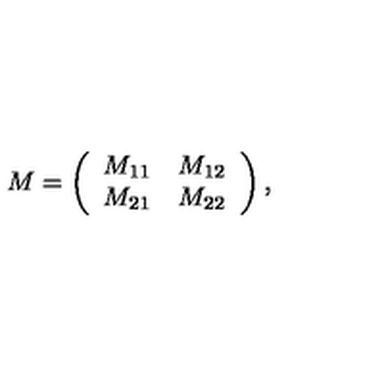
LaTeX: M = \left( \begin{array} { c c } { M _ { 1 1 } } & { M _ { 1 2 } } \\ { M _ { 2 1 } } & { M _ { 2 2 } } \\ \end{array} \right) ,